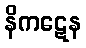
နိကဋေန